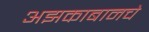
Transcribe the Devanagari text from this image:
अझकाबानचे